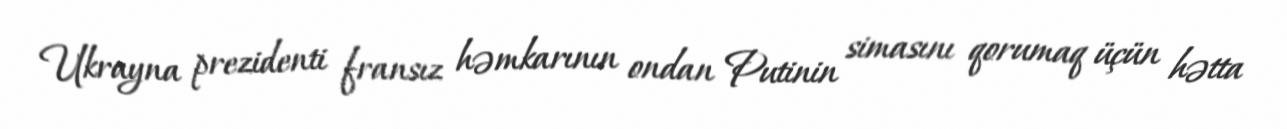
Ukrayna prezidenti fransız həmkarının ondan Putinin simasını qorumaq üçün hətta